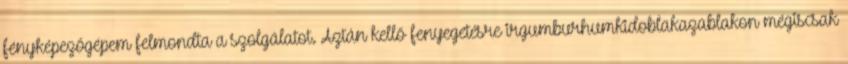
fényképezőgépem felmondta a szolgálatot. Aztán kellő fenyegetésre irgumburhumkidoblakazablakon mégiscsak